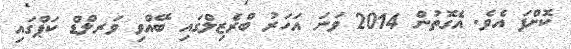
ކޮށްފަ އެވެ. އެގޮތުން 2014 ވަނަ އަހަރު ބްރެޒިލްގައި ބޭއްވި ވަރލްޑް ކަޕްގައި